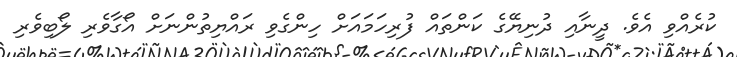
ކުރެއްވި އެވެ. ދީނާއި ދުނިޔޭގެ ކަންތައް ފުރިހަމައަށް ހިންގެވި ރައްޔިތުންނަށް އޯގާވެރި ލޯބިވެރި